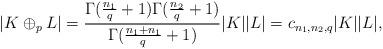
LaTeX: \begin{align*}|K\oplus_p L|= \frac{\Gamma(\frac{n_1}{q}+1)\Gamma(\frac{n_2}{q}+1)}{\Gamma(\frac{n_1+n_1}{q}+1)} |K||L|=c_{n_1, n_2, q}|K||L|,\end{align*}